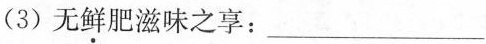
(3) 无鲜肥滋味之享：___